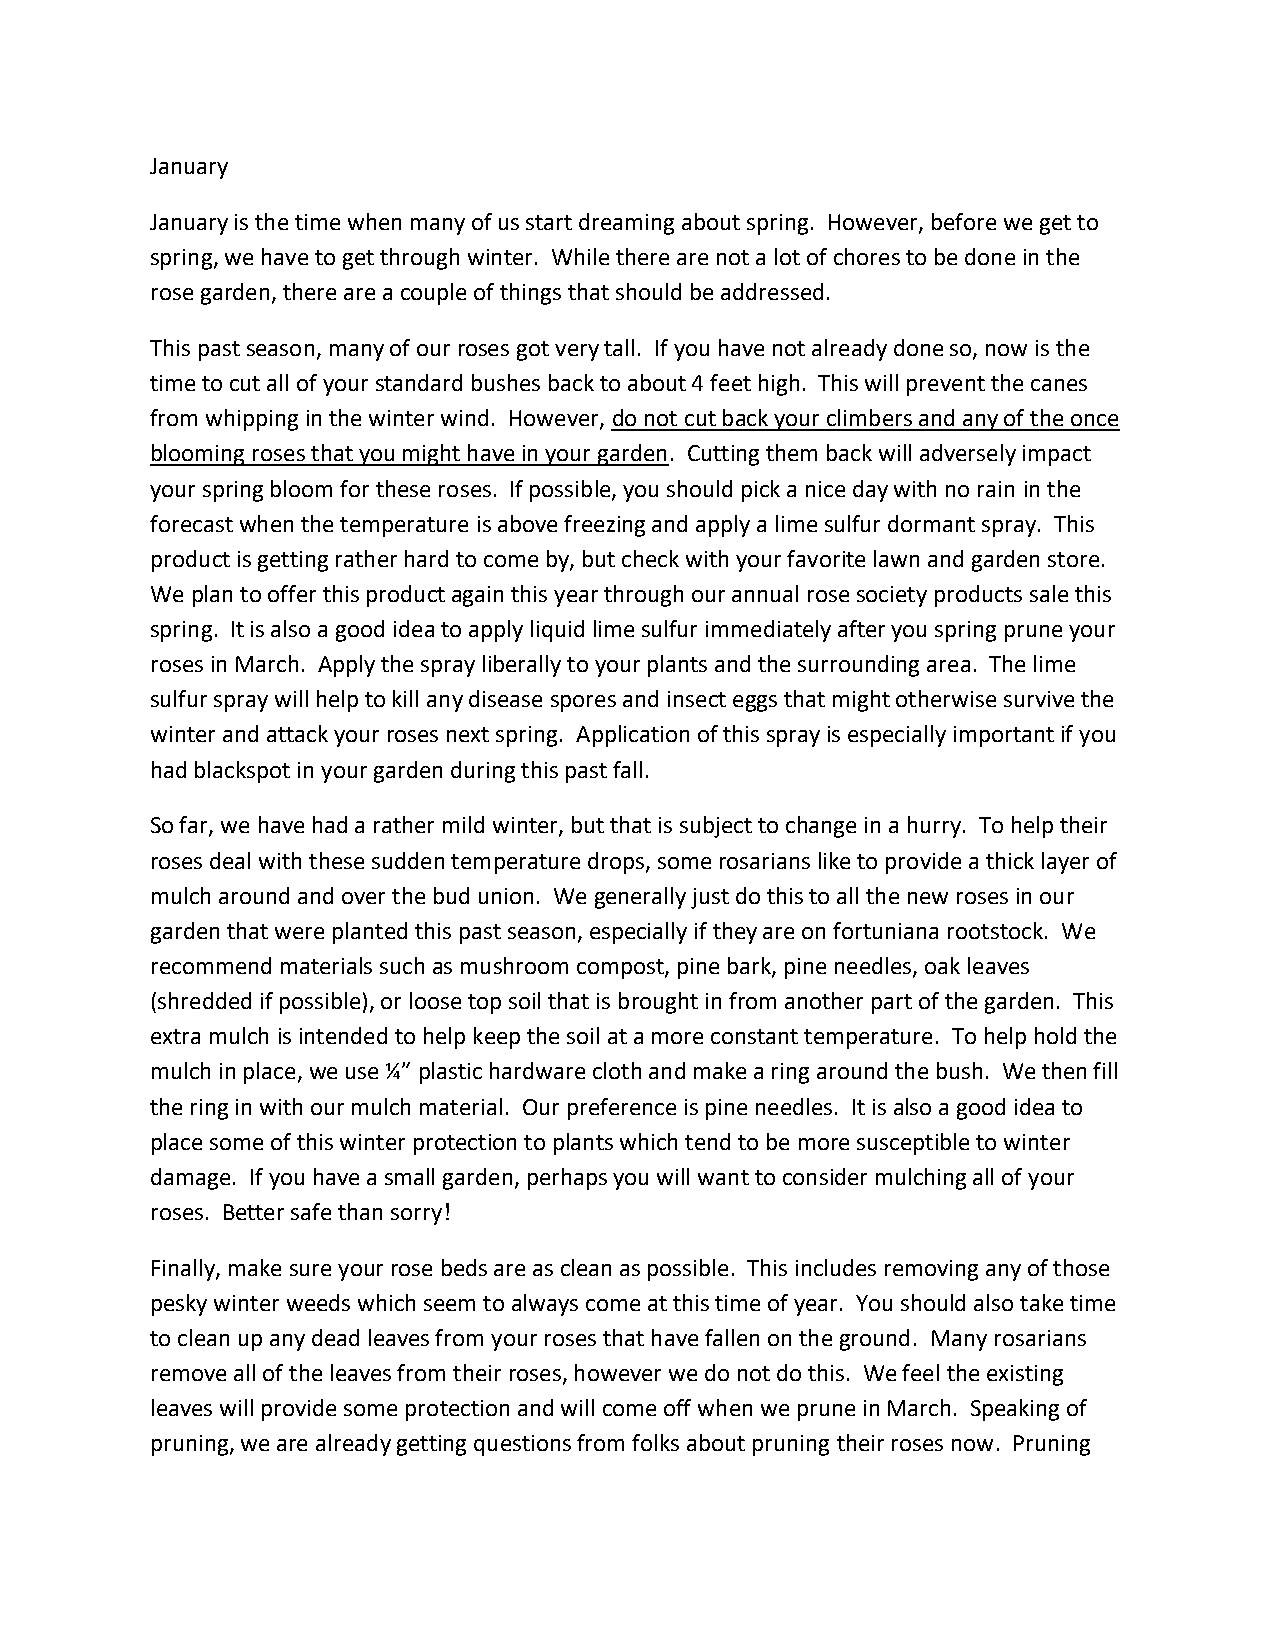
January
 January is the time when many of us start dreaming about spring. However, before we get to
 spring, we have to get through winter. While there are not a lot of chores to be done in the
 rose garden, there are a couple of things that should be addressed.
 This past season, many of our roses got very tall. If you have not already done so, now is the
 time to cut all of your standard bushes back to about 4 feet high. This will prevent the canes
 from whipping in the winter wind. However, do not cut back your climbers and any of the once
 blooming roses that you might have in your garden. Cutting them back will adversely impact
 your spring bloom for these roses. If possible, you should pick a nice day with no rain in the
 forecast when the temperature is above freezing and apply a lime sulfur dormant spray. This
 product is getting rather hard to come by, but check with your favorite lawn and garden store.
 We plan to offer this product again this year through our annual rose society products sale this
 spring. It is also a good idea to apply liquid lime sulfur immediately after you spring prune your
 roses in March. Apply the spray liberally to your plants and the surrounding area. The lime
 sulfur spray will help to kill any disease spores and insect eggs that might otherwise survive the
 winter and attack your roses next spring. Application of this spray is especially important if you
 had blackspot in your garden during this past fall.
 So far, we have had a rather mild winter, but that is subject to change in a hurry. To help their
 roses deal with these sudden temperature drops, some rosarians like to provide a thick layer of
 mulch around and over the bud union. We generally just do this to all the new roses in our
 garden that were planted this past season, especially if they are on fortuniana rootstock. We
 recommend materials such as mushroom compost, pine bark, pine needles, oak leaves
 (shredded if possible), or loose top soil that is brought in from another part of the garden. This
 extra mulch is intended to help keep the soil at a more constant temperature. To help hold the
 mulch in place, we use ¼” plastic hardware cloth and make a ring around the bush. We then fill
 the ring in with our mulch material. Our preference is pine needles. It is also a good idea to
 place some of this winter protection to plants which tend to be more susceptible to winter
 damage. If you have a small garden, perhaps you will want to consider mulching all of your
 roses. Better safe than sorry!
 Finally, make sure your rose beds are as clean as possible. This includes removing any of those
 pesky winter weeds which seem to always come at this time of year. You should also take time
 to clean up any dead leaves from your roses that have fallen on the ground. Many rosarians
 remove all of the leaves from their roses, however we do not do this. We feel the existing
 leaves will provide some protection and will come off when we prune in March. Speaking of
 pruning, we are already getting questions from folks about pruning their roses now. Pruning